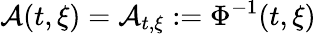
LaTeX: \mathcal{A}(t,\xi)=\mathcal{A}_{t,\xi}:=\Phi^{-1}(t,\xi)